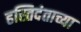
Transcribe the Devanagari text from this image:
हस्तिदंताच्या